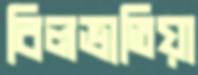
বিলভাতিয়া